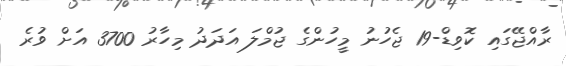
ރާއްޖޭގައި ކޮވިޑް-19 ޖެހުނު މީހުންގެ ޖުމްލަ އަދަދު މިހާރު 3700 އަށް ވުރެ